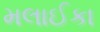
મલાઈકા